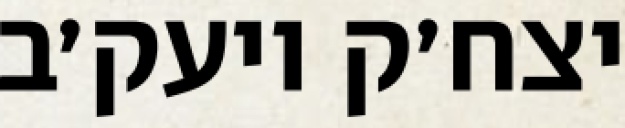
יצח׳ק ויעק׳ב